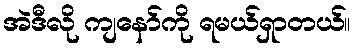
အဲဒီလို ကျနော်ကို ရမယ်ရှာတယ်။